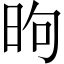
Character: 昫